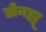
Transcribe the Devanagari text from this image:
डोनह्यू